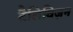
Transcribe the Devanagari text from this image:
टैलिविज़न